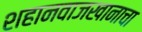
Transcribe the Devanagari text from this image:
शहानवाजखानाचा